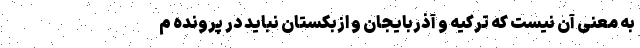
به معنی آن نیست که ترکیه و آذربایجان و ازبکستان نباید در پرونده م